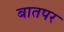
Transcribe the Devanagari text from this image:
बातपर